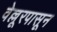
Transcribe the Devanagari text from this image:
वेल्लूरपासून